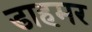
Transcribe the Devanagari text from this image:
डाहमर